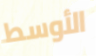
الأوسط